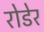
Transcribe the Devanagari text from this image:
रोडेर